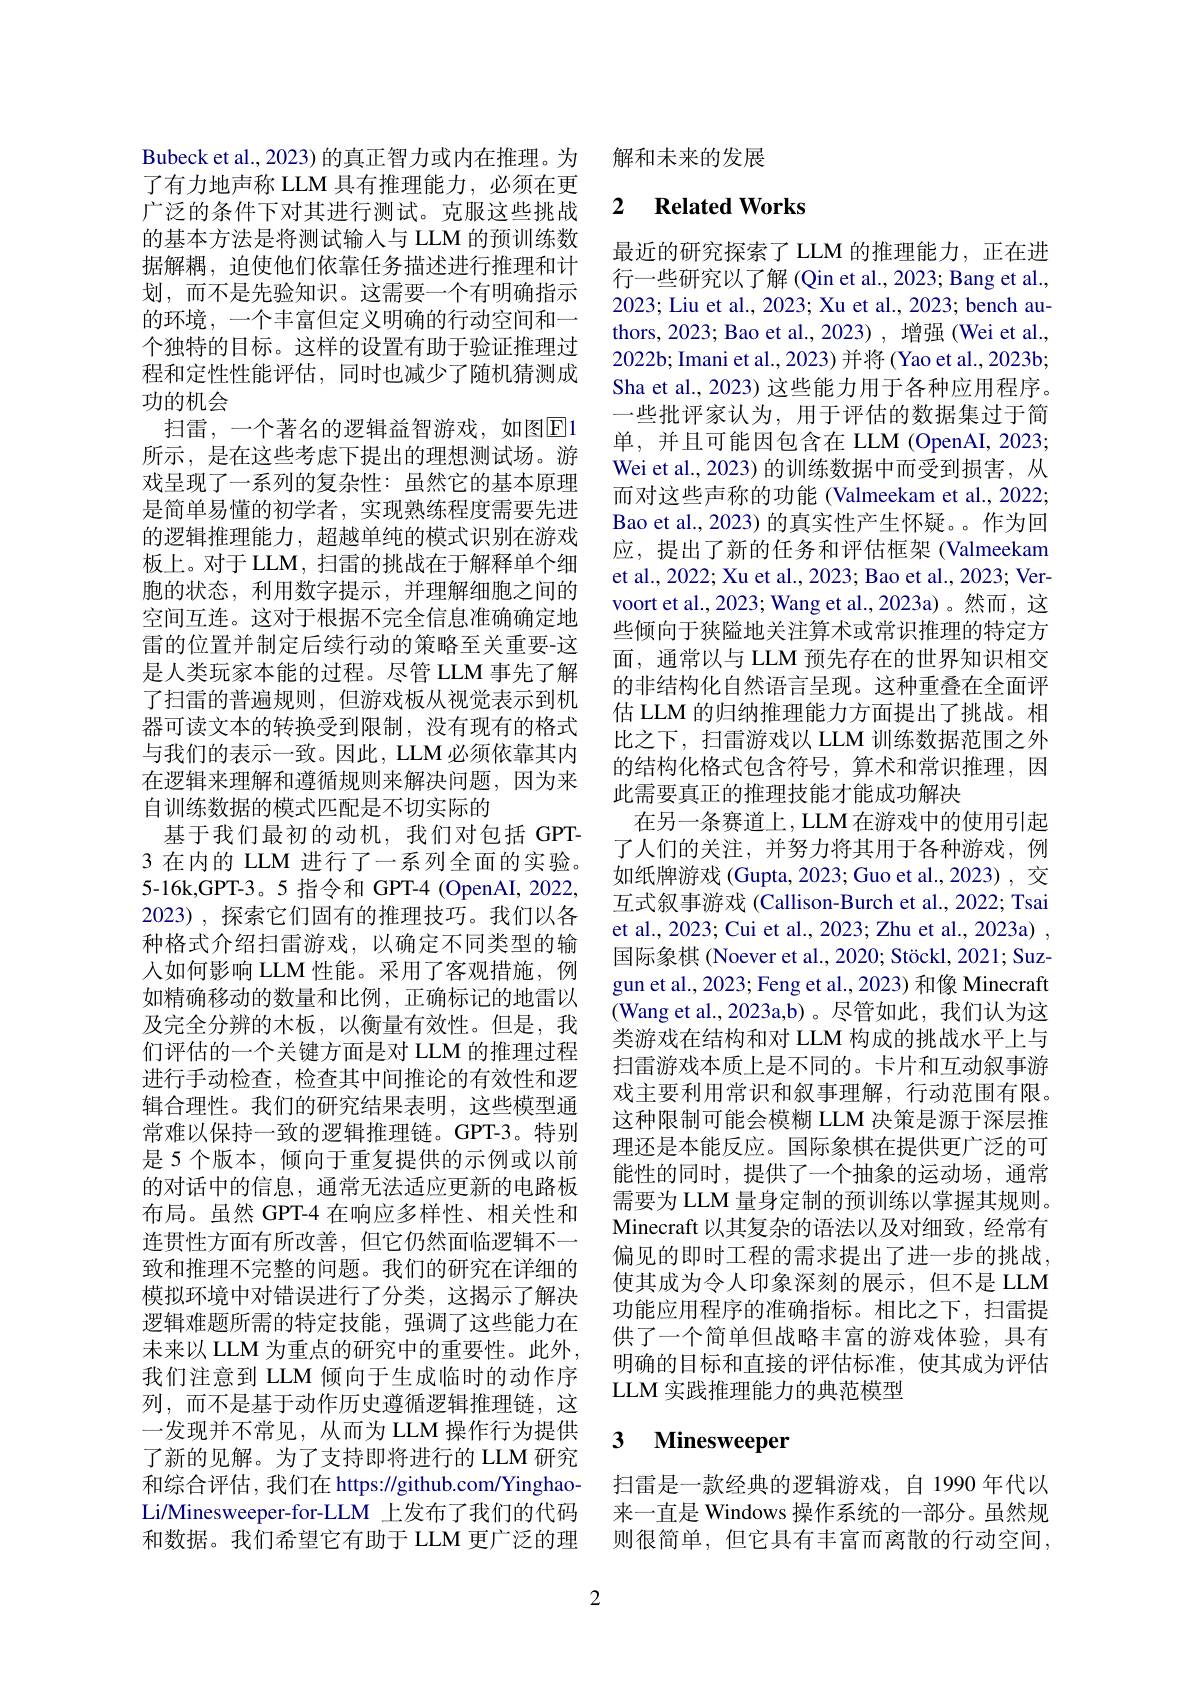
Bubeck et al., 2023) 的真正智力或内在推理。为了有力地声称 LLM 具有推理能力，必须在更广泛的条件下对其进行测试。克服这些挑战的基本方法是将测试输入与 LLM 的预训练数据解耦，迫使他们依靠任务描述进行推理和计划，而不是先验知识。这需要一个有明确指示的环境，一个丰富但定义明确的行动空间和一个独特的目标。这样的设置有助于验证推理过程和定性性能评估，同时也减少了随机猜测成功的机会
扫雷，一个著名的逻辑益智游戏，如图$\boxed{\mathrm{E}}1$ 所示，是在这些考虑下提出的理想测试场。游戏呈现了一系列的复杂性：虽然它的基本原理是简单易懂的初学者 , 实现熟练程度需要先进的逻辑推理能力，超越单纯的模式识别在游戏板上。对于 LLM, 扫雷的挑战在于解释单个细胞的状态，利用数字提示，并理解细胞之间的空间互连。这对于根据不完全信息准确确定地雷的位置并制定后续行动的策略至关重要-这是人类玩家本能的过程。尽管 LLM 事先了解了扫雷的普遍规则，但游戏板从视觉表示到机器可读文本的转换受到限制，没有现有的格式与我们的表示一致。因此，LLM 必须依靠其内在逻辑来理解和遵循规则来解决问题，因为来自训练数据的模式匹配是不切实际的
基于我们最初的动机，我们对包括 GPT- 3 在内的 LLM 进行了一系列全面的实验。5-16k,GPT-3。5 指令和 GPT-4 (OpenAI, 2022, 2023), 探索它们固有的推理技巧。我们以各种格式介绍扫雷游戏，以确定不同类型的输人如何影响 LLM 性能。采用了客观措施，例如精确移动的数量和比例，正确标记的地雷以及完全分辨的木板，以衡量有效性。但是，我们评估的一个关键方面是对 LLM 的推理过程进行手动检查，检查其中间推论的有效性和逻辑合理性。我们的研究结果表明，这些模型通常难以保持一致的逻辑推理链。GPT-3。特别是 5 个版本，倾向于重复提供的示例或以前的对话中的信息，通常无法适应更新的电路板布局。虽然 GPT-4 在响应多样性、相关性和连贯性方面有所改善，但它仍然面临逻辑不一致和推理不完整的问题。我们的研究在详细的模拟环境中对错误进行了分类，这揭示了解决逻辑难题所需的特定技能，强调了这些能力在未来以 LLM 为重点的研究中的重要性。此外， 我们注意到 LLM 倾向于生成临时的动作序列，而不是基于动作历史遵循逻辑推理链，这一发现并不常见，从而为 LLM 操作行为提供了新的见解。为了支持即将进行的 LLM 研究和综合评估，我们在 https://github.com/YinghaoLi/Minesweeper-for-LLM 上发布了我们的代码和数据。我们希望它有助于 LLM 更广泛的理

解和未来的发展

## 2 $\textbf{Related Works}$

最近的研究探索了 LLM 的推理能力，正在进行一些研究以了解 (Qin et al., 2023; Bang et al., 2023; Liu et al., 2023; Xu et al., 2023; bench authors, 2023; Bao et al., 2023) , 增强 (Wei et al., 2022b; Imani et al., 2023) 并将 (Yao et al., 2023b; Sha et al., 2023) 这些能力用于各种应用程序。一些批评家认为，用于评估的数据集过于简单，并且可能因包含在 LLM (OpenAI, 2023; Wei et al., 2023) 的训练数据中而受到损害，从而对这些声称的功能(Valmeekam et al., 2022; Bao et al., 2023) 的真实性产生怀疑。。作为回应，提出了新的任务和评估框架(Valmeekam et al., 2022; Xu et al., 2023; Bao et al., 2023; Vervoort et al., 2023; Wang et al., 2023a) 。然而，这些倾向于狭隘地关注算术或常识推理的特定方面，通常以与 LLM 预先存在的世界知识相交的非结构化自然语言呈现。这种重叠在全面评估 LLM 的归纳推理能力方面提出了挑战。相比之下，扫雷游戏以 LLM 训练数据范围之外的结构化格式包含符号，算术和常识推理，因此需要真正的推理技能才能成功解决
在另一条赛道上，LLM 在游戏中的使用引起了人们的关注，并努力将其用于各种游戏，例如纸牌游戏 (Gupta, 2023; Guo et al., 2023) , 交互式叙事游戏 (Callison-Burch et al., 2022; Tsai et al., 2023; Cui et al., 2023; Zhu et al., 2023a) , 国际象棋 (Noever et al., 2020; Stöckl, 2021; Suzgun et al., 2023; Feng et al., 2023) 和像 Minecraft (Wang et al.,2023a,b)。尽管如此，我们认为这类游戏在结构和对 LLM 构成的挑战水平上与扫雷游戏本质上是不同的。卡片和互动叙事游戏主要利用常识和叙事理解，行动范围有限。这种限制可能会模糊 LLM 决策是源于深层推理还是本能反应。国际象棋在提供更广泛的可能性的同时，提供了一个抽象的运动场，通常需要为 LLM 量身定制的预训练以掌握其规则。Minecraft 以其复杂的语法以及对细致，经常有偏见的即时工程的需求提出了进一步的挑战， 使其成为令人印象深刻的展示，但不是 LLM 功能应用程序的准确指标。相比之下，扫雷提供了一个简单但战略丰富的游戏体验，具有明确的目标和直接的评估标准，使其成为评估LLM 实践推理能力的典范模型

# 3 Minesweeper

扫雷是一款经典的逻辑游戏，自 1990 年代以来一直是 Windows 操作系统的一部分。虽然规则很简单，但它具有丰富而离散的行动空间，

2